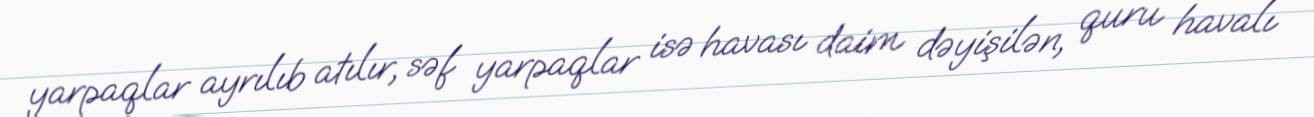
yarpaqlar ayrılıb atılır, səf yarpaqlar isə havası daim dəyişilən, quru havalı